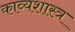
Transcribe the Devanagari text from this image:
काव्‍यशास्‍त्र